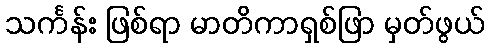
သင်္ကန်း ဖြစ်ရာ မာတိကာရှစ်ဖြာ မှတ်ဖွယ်